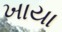
ખાયા